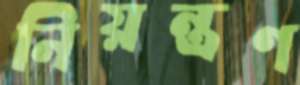
নিয়ন্ত্রণ